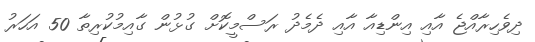
ދިވެހިރާއްޖެ އާއި އިންޑިއާ އާއި ދެމެދު ރަސްމީކޮށް ގުޅުން ގާއިމުކުރިތާ 50 އަހަރު